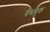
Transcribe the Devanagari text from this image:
वेस्त्ब्रुक